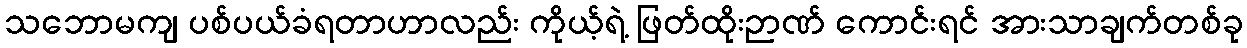
သဘောမကျ ပစ်ပယ်ခံရတာဟာလည်း ကိုယ့်ရဲ့ ဖြတ်ထိုးဉာဏ် ကောင်းရင် အားသာချက်တစ်ခု